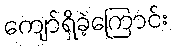
ကျော်ရှိခဲ့ကြောင်း